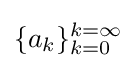
\{a_{k}\}_{k=0}^{k=\infty }